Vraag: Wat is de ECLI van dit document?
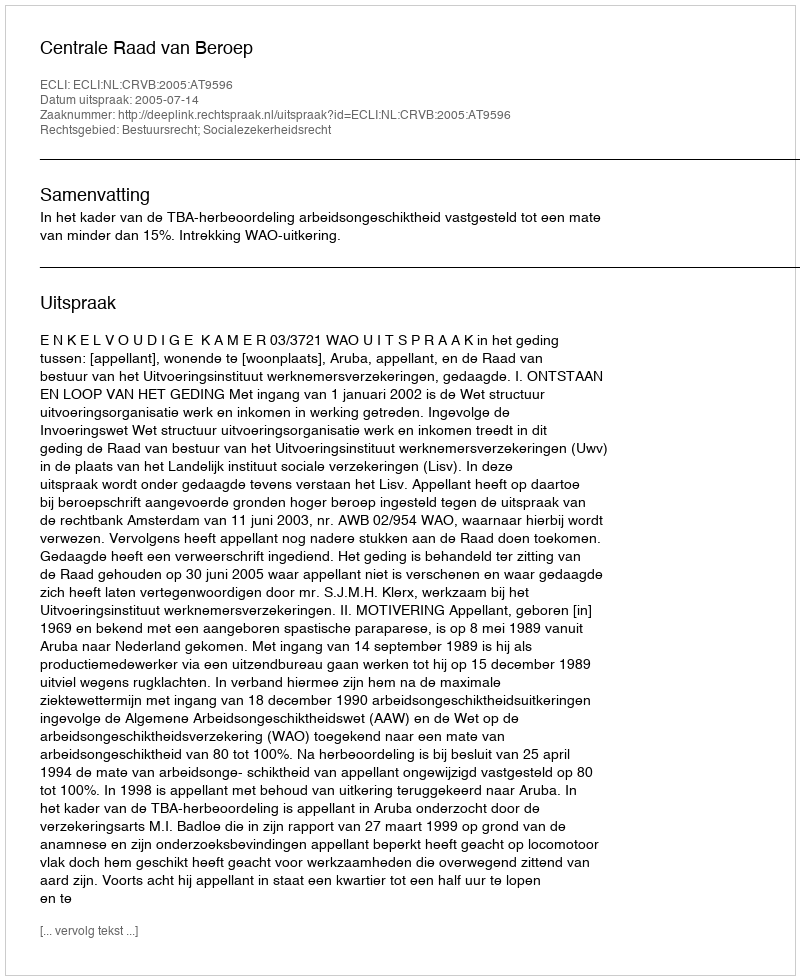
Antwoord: ECLI:NL:CRVB:2005:AT9596